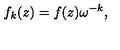
f _ { k } ( z ) = f ( z ) \omega ^ { - k } ,